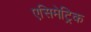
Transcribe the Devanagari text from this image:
एसिमेट्रिक